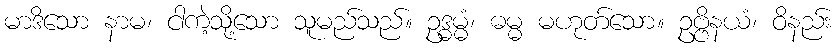
မာဒိသော နာမ၊ ငါကဲ့သို့သော သူမည်သည်။ ဥဒ္ဓမ္မံ၊ ဓမ္မ မဟုတ်သော။ ဥဗ္ဗိနယံ၊ ဝိနည်း